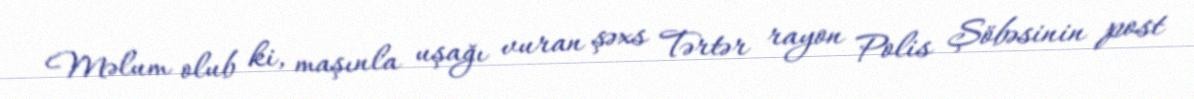
Məlum olub ki, maşınla uşağı vuran şəxs Tərtər rayon Polis Şöbəsinin post